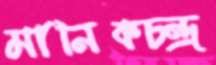
মানিকচন্দ্র